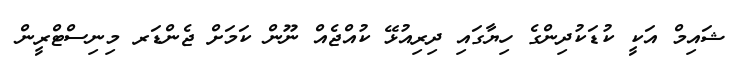
ޝައިމް އަކީ ކުޑަކުދިންގެ ހިޔާގައި ދިރިއުޅޭ ކުއްޖެއް ނޫން ކަމަށް ޖެންޑަރ މިނިސްޓްރީން